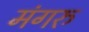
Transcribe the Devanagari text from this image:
मंगरु